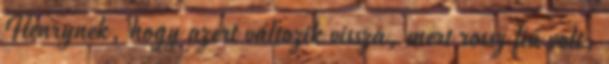
Henrynek, hogy azért változik vissza, mert rossz fiú volt,